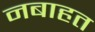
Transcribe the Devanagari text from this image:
नबाहत